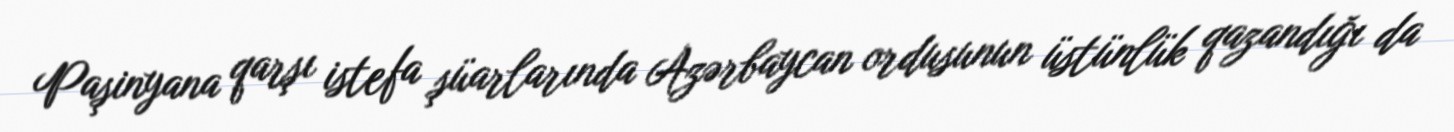
Paşinyana qarşı istefa şüarlarında Azərbaycan ordusunun üstünlük qazandığı da